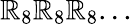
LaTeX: \mathbb{R}_{8}\mathbb{R}_{8}\mathbb{R}_{8}...